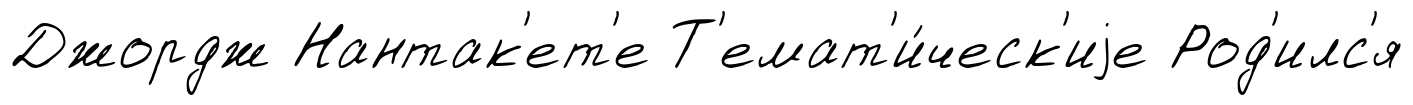
Джордж Нантак'ет'е Т'емат'и́ческ'иjе Род'илс'я